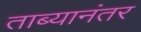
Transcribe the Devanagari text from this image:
ताब्यानंतर